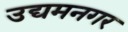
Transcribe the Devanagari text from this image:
उद्यमनगर